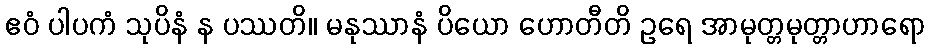
ဧဝံ ပါပကံ သုပိနံ န ပဿတိ။ မနုဿာနံ ပိယော ဟောတီတိ ဥရေ အာမုတ္တမုတ္တာဟာရော